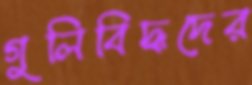
গুলিবিদ্ধদের